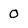
Character: 0